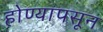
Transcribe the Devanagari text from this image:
होण्यापसून